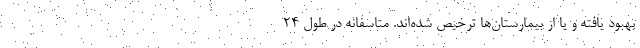
بهبود یافته و یا از بیمارستان‌ها ترخیص شده‌اند. متاسفانه در طول ۲۴